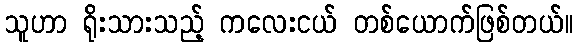
သူဟာ ရိုးသားသည့် ကလေးငယ် တစ်ယောက်ဖြစ်တယ်။